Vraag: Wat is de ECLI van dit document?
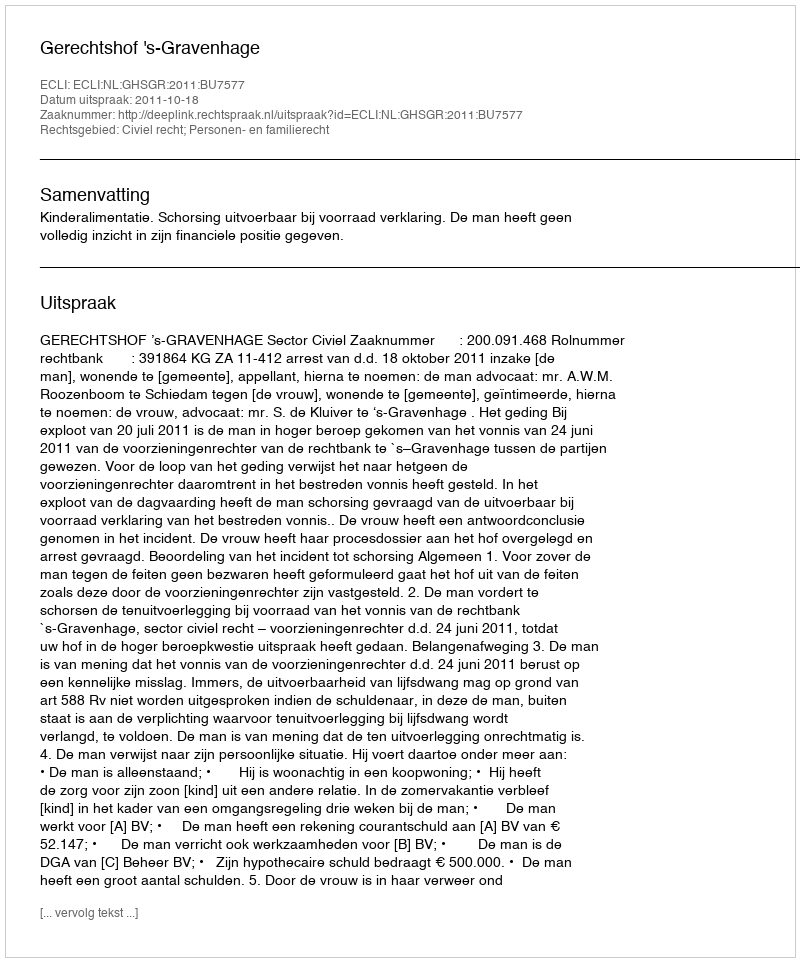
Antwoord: ECLI:NL:GHSGR:2011:BU7577